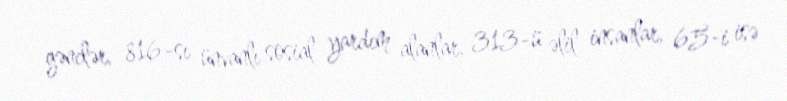
gənclər, 816-sı ünvanlı sosial yardım alanlar, 313-ü əlil insanlar, 65-i isə